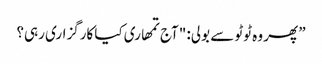
” پھر وہ ٹوٹو سے بولی: "آج تمھاری کیا کارگزاری رہی؟